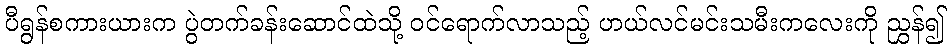
ပီရွန်စကားယားက ပွဲတက်ခန်းဆောင်ထဲသို့ ဝင်ရောက်လာသည့် ဟယ်လင်မင်းသမီးကလေးကို ညွှန်၍